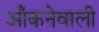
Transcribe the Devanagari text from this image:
आँकनेवाली